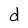
Character: d